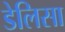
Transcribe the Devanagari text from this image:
डेलिसा